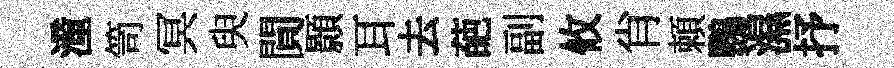
潼笥冥臾閴顥耳去葩副攸肖頼鸚濕抒